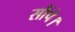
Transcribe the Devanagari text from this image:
सौंपे।